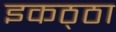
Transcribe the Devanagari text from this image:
इकठ्‌ठा